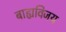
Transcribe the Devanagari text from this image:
बाह्यविजय